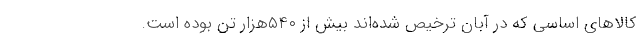
کالاهای اساسی که در آبان ترخیص شده‌اند بیش از ۵۴۰هزار تن بوده است.